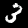
Digit: 3